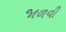
જાળવી